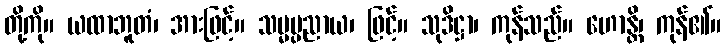
တို့ကို။ ယထာဘူတံ၊ အားဖြင့်။ သမ္မပ္ပညာယ၊ ဖြင့်။ သုဒိဋ္ဌာ၊ ကုန်သည်။ ဟောန္တိ၊ ကုန်၏။